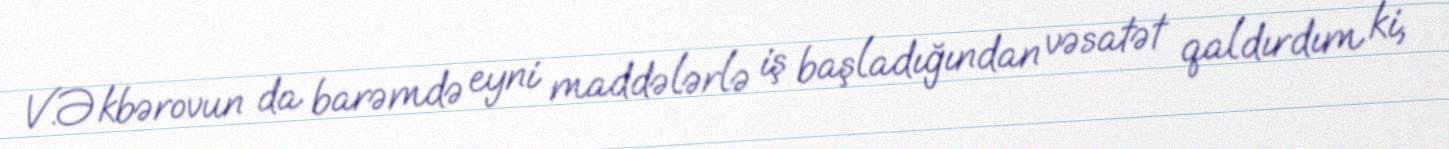
V.Əkbərovun da barəmdə eyni maddələrlə iş başladığından vəsatət qaldırdım ki,